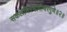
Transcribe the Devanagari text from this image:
सकलनिगमागोचरगुणे॥२॥